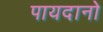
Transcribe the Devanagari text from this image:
पायदानो